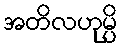
အတိလဟုမ္ပိ